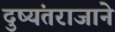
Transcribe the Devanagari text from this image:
दुष्यंतराजाने